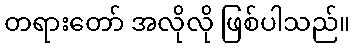
တရားတော် အလိုလို ဖြစ်ပါသည်။